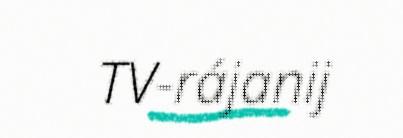
TV-rájanij